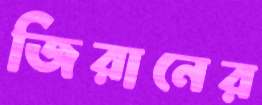
জিরানের